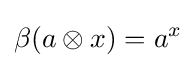
\beta (a\otimes x)=a^{x}